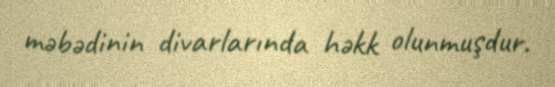
məbədinin divarlarında həkk olunmuşdur.